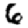
Digit: 6